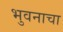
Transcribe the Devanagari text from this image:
भुवनाचा